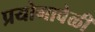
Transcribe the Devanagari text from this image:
प्रयोगावेळी